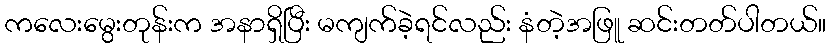
ကလေးမွေးတုန်းက အနာရှိပြီး မကျက်ခဲ့ရင်လည်း နံတဲ့အဖြူ ဆင်းတတ်ပါတယ်။